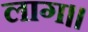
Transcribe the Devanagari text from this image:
लाग॥